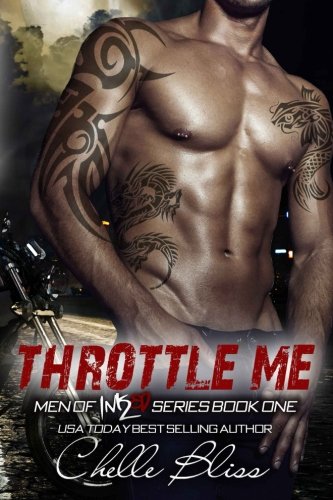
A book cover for Throttle Me (Men of Inked) (Volume 1); Chelle Bliss; Romance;